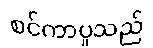
စင်ကာပူသည်